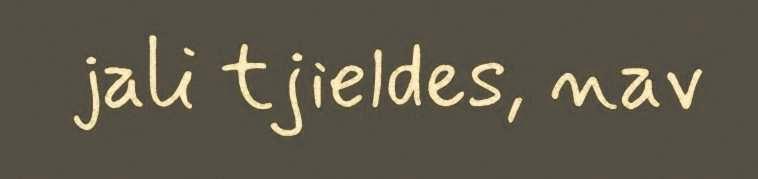
jali tjieldes, nav